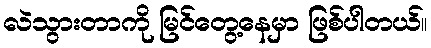
လဲသွားတာကို မြင်တွေ့နေမှာ ဖြစ်ပါတယ်။